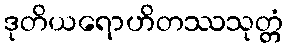
ဒုတိယရောဟိတဿသုတ္တံ